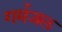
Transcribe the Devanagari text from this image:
गर्मजल